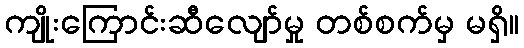
ကျိုးကြောင်းဆီလျော်မှု တစ်စက်မှ မရှိ။